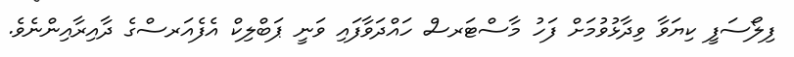
ފިލޯސަފީ ކިޔަވާ ވިދާޅުވުމަށް ފަހު މާސްޓަރސް ހައްދަވާފައި ވަނީ ޕަބްލިކް އެފެއަރސްގެ ދާއިރާއިންނެވެ.